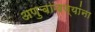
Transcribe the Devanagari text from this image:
अणुचाचण्यांना